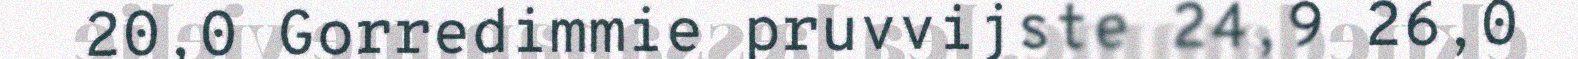
20,0 Gorredimmie pruvvijste 24,9 26,0